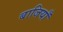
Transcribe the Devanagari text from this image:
बाजियाँ